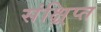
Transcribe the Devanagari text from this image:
संक्ष्रिप्त